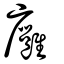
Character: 廱